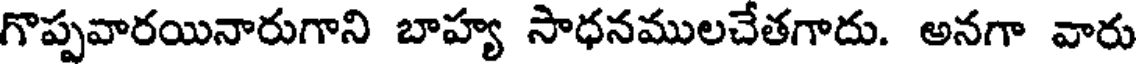
గొప్పవారయినారుగాని బాహ్య సాధనములచేతగాదు. అనగా వారు